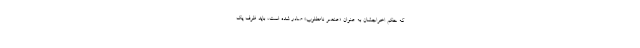
که حکم اخراجشان به عنوان «عنصر نامطلوب» صادر شده است، باید ظرف یک